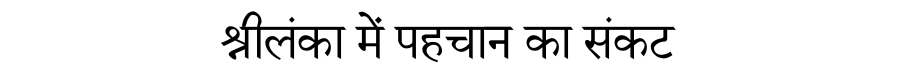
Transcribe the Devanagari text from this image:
श्रीलंका में पहचान का संकट